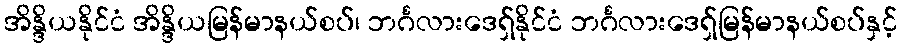
အိန္ဒိယနိုင်ငံ အိန္ဒိယမြန်မာနယ်စပ်၊ ဘင်္ဂလားဒေရှ်နိုင်ငံ ဘင်္ဂလားဒေရှ်မြန်မာနယ်စပ်နှင့်